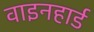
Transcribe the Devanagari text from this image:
वाइनहार्ड